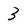
Character: 3